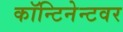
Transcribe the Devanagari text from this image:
कॉन्टिनेन्टवर